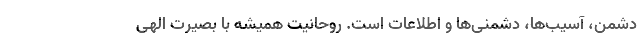
دشمن، آسیب‌ها، دشمنی‌ها و اطلاعات است. روحانیت همیشه با بصیرت الهی